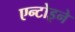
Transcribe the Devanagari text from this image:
एन्टोइने